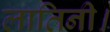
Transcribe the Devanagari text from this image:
लातिनी।